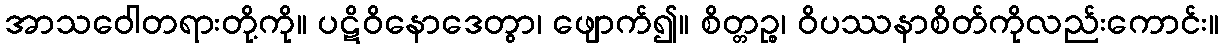
အာသဝေါတရားတို့ကို။ ပဋိဝိနောဒေတွာ၊ ဖျောက်၍။ စိတ္တဉ္စ၊ ဝိပဿနာစိတ်ကိုလည်းကောင်း။